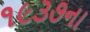
૧૯૩૭ના